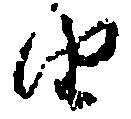
由